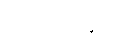
မလိုတော့ပေ။